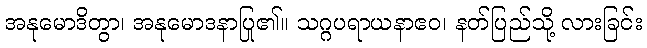
အနုမောဒိတွာ၊ အနုမောဒနာပြု၏။ သဂ္ဂပရာယနာဧဝ၊ နတ်ပြည်သို့ လားခြင်း